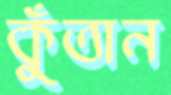
কুঁতান